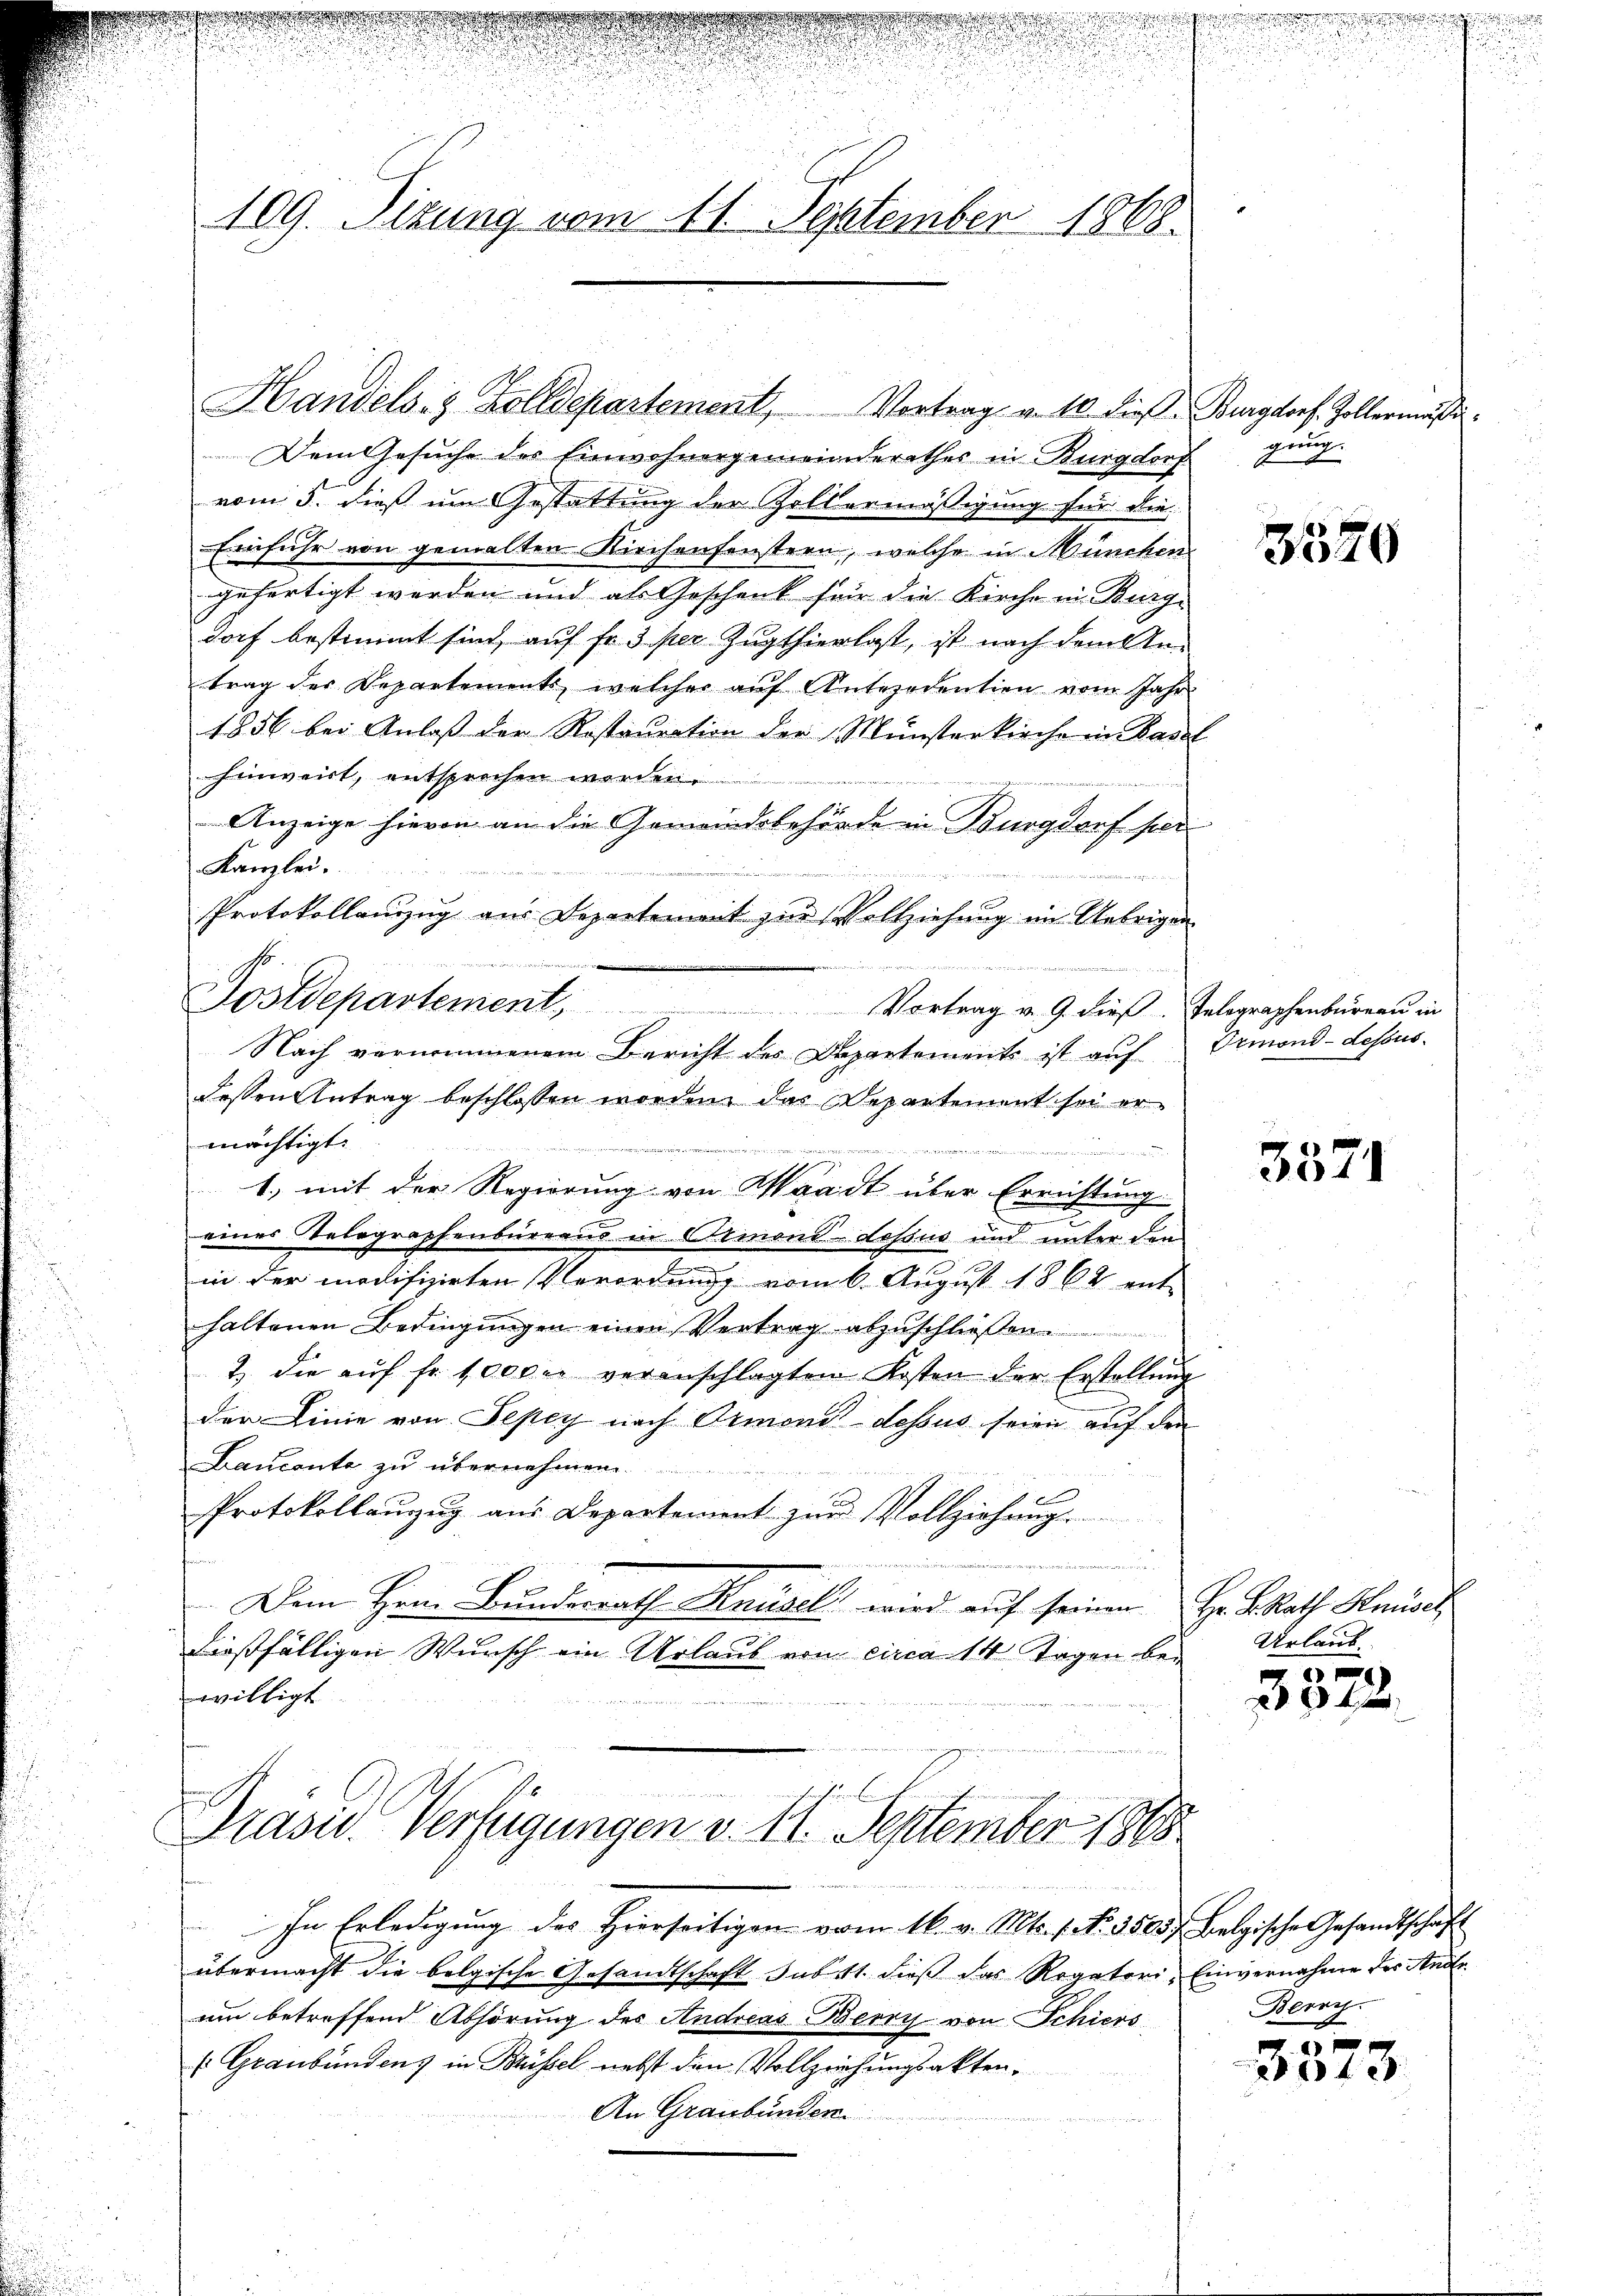
109. Sitzung vom 11. September 1868.

Dem Gesuche des Einwohnergemeinderathes in Burgdorf gung
vom 3. dieß um Gestattung der Zellermässigung für die
Einfuhr von gemalten Kirchenfenstern, welche in München
gefertigt werden und als Geschenk für die Kirche in Burge
dorf bestimmt sind, auf fr. 3 per Zugthierlast, ist nach dem Antrag der Departements, welcher aŭf Antecedentien vom Jahr
1856 bei Anlaß der Rostaŭration der Münsterkirche in Basel
hinweist, entsprechen werden.
Anzeige hievon an die Gemeindsbehörde in Burgdorf per
Kanzlei.
e
Protokollanzug aus Departement zur Vollziehung im Uebrigen
i
dessen Antrag beschlossen worden, das Departement sei ermächtigt.
isierun
unenden
1., mit der Regierung von Waadt über Errichtung
eines Telegraphenbureaus in Ormond-dessus und unter den
2
in der modifizirten Verordnung vom 6. August 1862 ent-
haltenen Bedingungen einen Vertrag abzuschließen.
2. die aŭf fr. 1000 r. veranschlagten Kosten der Erstellŭng
2
der Linie von Sepey nach Ormoni dessus seien auf den
Lancanta zu übernehmen.
Protokollauzug aus Departement zur Vollziehung
222.
Dem Herr Bundesrath Knüsel wird auf seinen Hr. Rath Heises
dießfälligen Wunsch ein Urlaub vom circa 14 Tagen bewilligt

Postdepartement. Vortrag v. 9. dieβ. Telegraphenbureau in
Nach vernommenem Bericht des Departements ist auf Ormond-dessus.

Handels- & Zolldepartement, Vortrag a. 10. die Burgdorf. Zollermasse.

Präsid. Verfügungen v. 11. September 1868

In Erledigung des Hierseitigen vom 16. v. Mts. f. No. 3500 belgische Gesandtschaft
übermacht die belgische Gesandtschaft sub ist. dieß das Regatori, Einvernahme des Ande
um betreffend Abhörung des Andreas Berry von Schiers
 Graubündens in Brissel nebst den Vollziehungsakten.
An Graubünden.

3520

3371

Urlaub.

)
 4

Beron
E

3373.